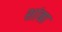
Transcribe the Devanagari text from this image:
शांबा